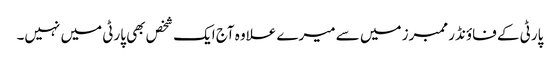
پارٹی کے فاؤنڈر ممبرز میں سے میرے علاوہ آج ایک شخص بھی پارٹی میں نہیں۔